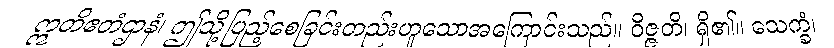
ဣတိဧတံဌာနံ၊ ဤသို့ပြည့်စေခြင်းတည်းဟူသောအကြောင်းသည်။ ဝိဇ္ဇတိ၊ ရှိ၏။ သေက္ခံ၊